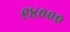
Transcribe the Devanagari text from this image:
९४०००